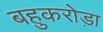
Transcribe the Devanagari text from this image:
बहुकरोड़ा